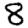
Digit: 8